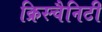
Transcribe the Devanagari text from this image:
क्रिस्चैनिटी